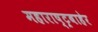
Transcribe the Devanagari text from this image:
महाराष्ट्रबाहेर